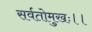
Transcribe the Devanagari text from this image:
सर्वतोमुखः।।